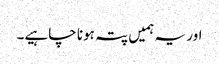
اور یہ ہمیں پتہ ہونا چاہیے۔